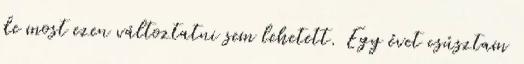
de most ezen változtatni sem lehetett. Egy évet csúsztam